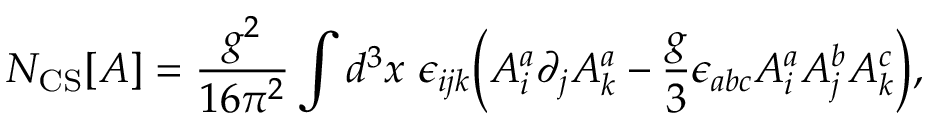
N _ { \mathrm { C S } } [ A ] = { \frac { g ^ { 2 } } { 1 6 \pi ^ { 2 } } } \int d ^ { 3 } x \ \epsilon _ { i j k } \biggl ( A _ { i } ^ { a } \partial _ { j } A _ { k } ^ { a } - { \frac { g } { 3 } } \epsilon _ { a b c } A _ { i } ^ { a } A _ { j } ^ { b } A _ { k } ^ { c } \biggr ) ,